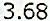
3.68